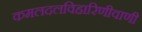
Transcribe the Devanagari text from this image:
कमलदलविहारिणीवाणी